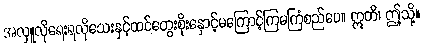
အလှူလိုရေးရလိုသေးနှင့်ထင်တွေးစိုးနှောင့်မကြောင့်ကြမကြံစည်ပေ။ ဣတိ၊ ဤသို့။